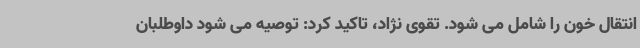
انتقال خون را شامل می شود. تقوی نژاد، تاکید کرد: توصیه می شود داوطلبان